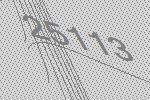
25113